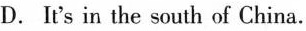
D. It's in the south of China.